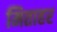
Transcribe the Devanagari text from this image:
मिताहर